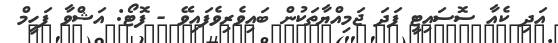
އަދި ކެއާ ސޮސައިޓީ ފަދަ ޖަމިއްޔާތަކުން ބައިވެރިވެފައިވޭ - ފޮޓޯ: އަޝްވާ ފަހީމް